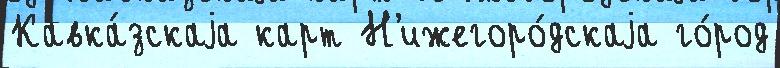
Кавка́зскаjа карт Н'ижегоро́дскаjа го́род